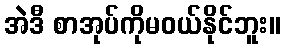
အဲဒီ စာအုပ်ကိုမဝယ်နိုင်ဘူး။